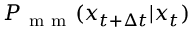
P _ { \mathrm { ~ m ~ m ~ } } ( x _ { t + \Delta t } | x _ { t } )